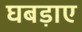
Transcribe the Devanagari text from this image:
घबड़ाए